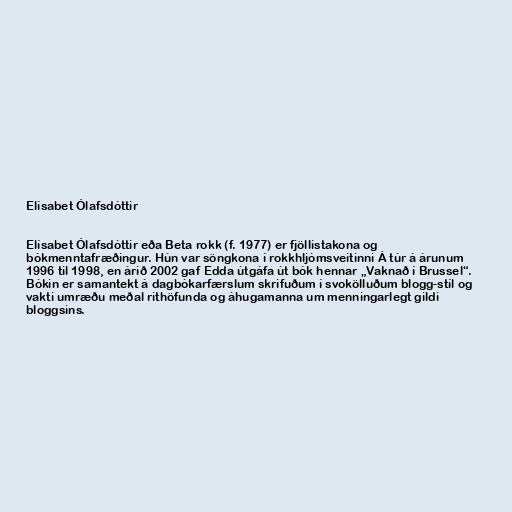
Elísabet Ólafsdóttir

Elísabet Ólafsdóttir eða Beta rokk (f. 1977) er fjöllistakona og
bókmenntafræðingur. Hún var söngkona í rokkhljómsveitinni Á túr á árunum
1996 til 1998, en árið 2002 gaf Edda útgáfa út bók hennar „Vaknað í Brussel“.
Bókin er samantekt á dagbókarfærslum skrifuðum í svokölluðum blogg-stíl og
vakti umræðu meðal rithöfunda og áhugamanna um menningarlegt gildi
bloggsins.